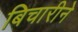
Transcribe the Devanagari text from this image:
बिचारीने